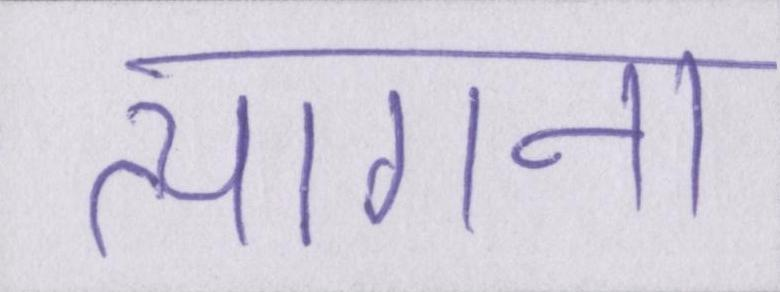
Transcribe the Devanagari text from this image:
त्यागना